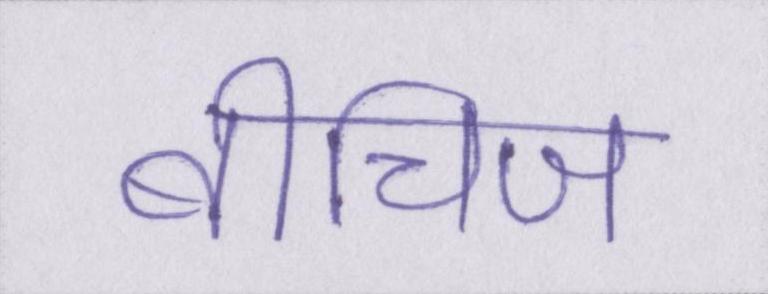
बीचिज